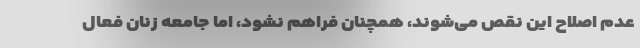
عدم اصلاح این نقص می‌شوند، همچنان فراهم نشود، اما جامعه زنان فعال